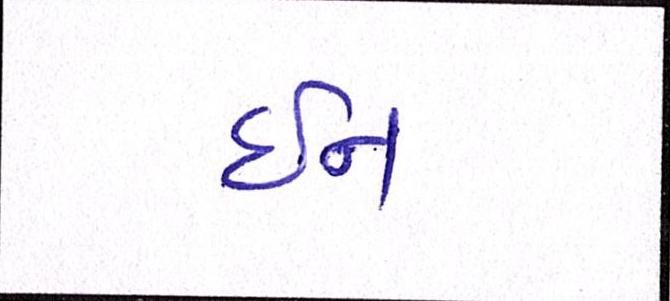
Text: ઇન